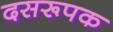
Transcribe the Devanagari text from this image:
दसरूपक